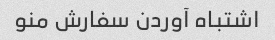
اشتباه آوردن سفارش منو